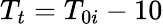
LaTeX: T_{t}=T_{0i}-10